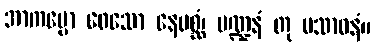
အာကပ္ပော ဝေသော နေပစ္ဆံ၊ မဏ္ဍနံ တု ပသာဓနံ။